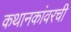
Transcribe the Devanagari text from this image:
कथानकांवरची